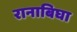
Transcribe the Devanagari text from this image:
रानाबिघा